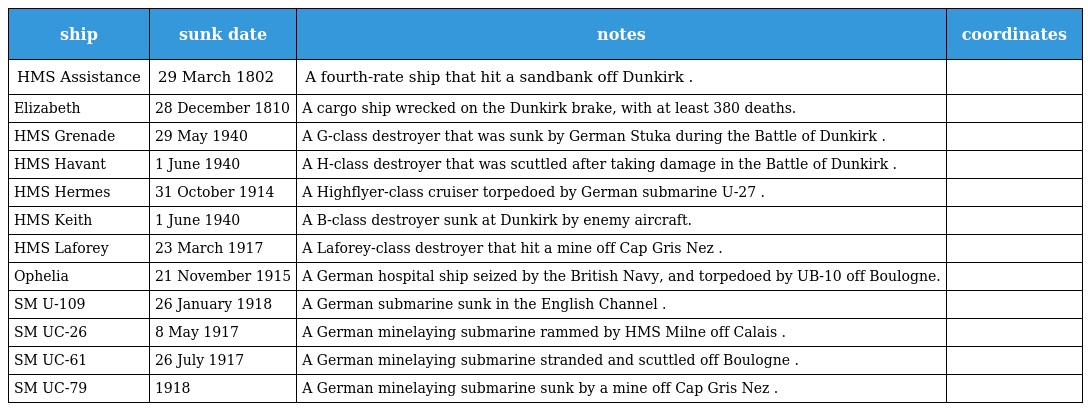
| ship | sunk date | notes | coordinates |
 | --- | --- | --- | --- |
 | HMS Assistance | 29 March 1802 | A fourth-rate ship that hit a sandbank off Dunkirk . |  |
 | Elizabeth | 28 December 1810 | A cargo ship wrecked on the Dunkirk brake, with at least 380 deaths. |  |
 | HMS Grenade | 29 May 1940 | A G-class destroyer that was sunk by German Stuka during the Battle of Dunkirk . |  |
 | HMS Havant | 1 June 1940 | A H-class destroyer that was scuttled after taking damage in the Battle of Dunkirk . |  |
 | HMS Hermes | 31 October 1914 | A Highflyer-class cruiser torpedoed by German submarine U-27 . |  |
 | HMS Keith | 1 June 1940 | A B-class destroyer sunk at Dunkirk by enemy aircraft. |  |
 | HMS Laforey | 23 March 1917 | A Laforey-class destroyer that hit a mine off Cap Gris Nez . |  |
 | Ophelia | 21 November 1915 | A German hospital ship seized by the British Navy, and torpedoed by UB-10 off Boulogne. |  |
 | SM U-109 | 26 January 1918 | A German submarine sunk in the English Channel . |  |
 | SM UC-26 | 8 May 1917 | A German minelaying submarine rammed by HMS Milne off Calais . |  |
 | SM UC-61 | 26 July 1917 | A German minelaying submarine stranded and scuttled off Boulogne . |  |
 | SM UC-79 | 1918 | A German minelaying submarine sunk by a mine off Cap Gris Nez . |  |